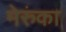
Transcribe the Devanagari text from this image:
मेरुंका